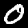
Label: 0